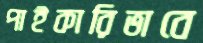
পাইকারিভাবে